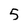
Character: 5